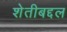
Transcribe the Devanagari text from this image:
शेतीबद्दल